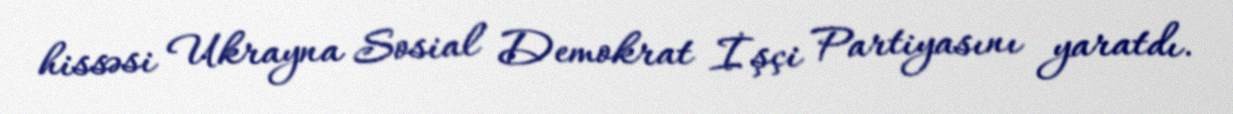
hissəsi Ukrayna Sosial Demokrat İşçi Partiyasını yaratdı.